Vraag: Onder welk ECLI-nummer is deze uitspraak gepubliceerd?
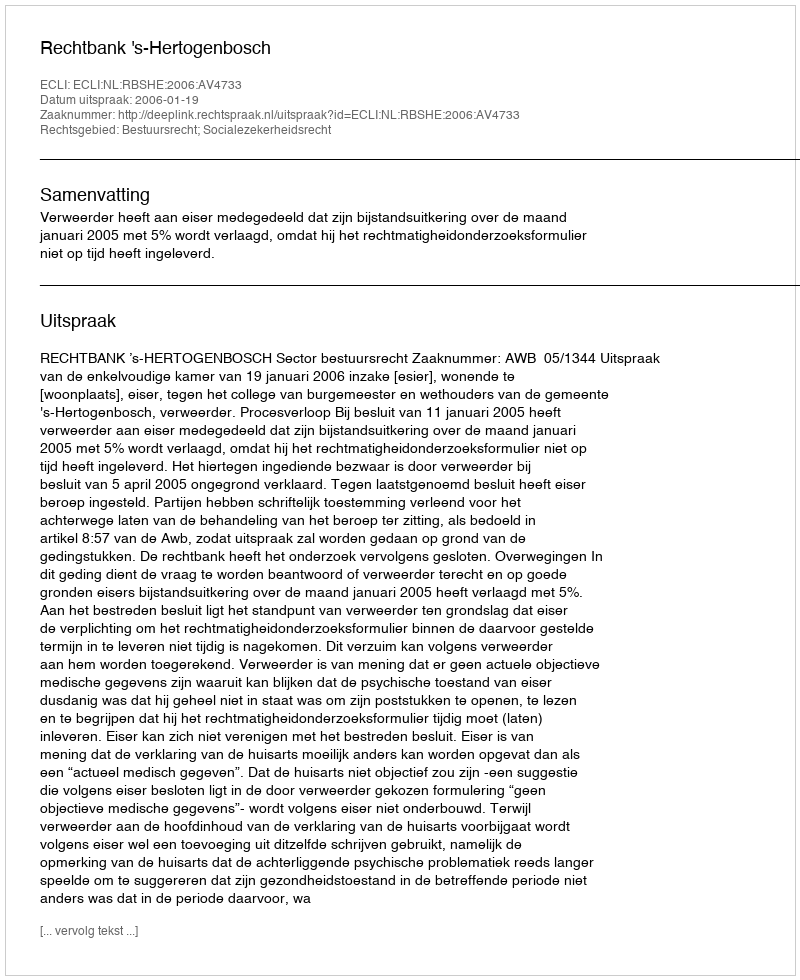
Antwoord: ECLI:NL:RBSHE:2006:AV4733